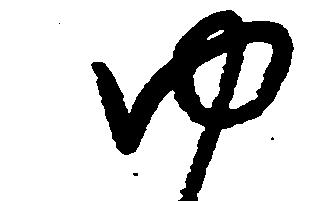
ゆ